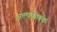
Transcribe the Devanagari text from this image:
अल्पपोषक